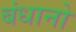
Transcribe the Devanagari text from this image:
बंधानो